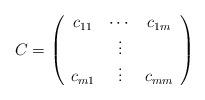
LaTeX: \begin{align*}C=\left( \begin{array}{ccc} c_{11} & \cdots & c_{1m} \\ & \vdots & \\ c_{m1} & \vdots & c_{mm} \\ \end{array}\right)\end{align*}